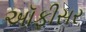
અૉફીસર